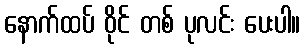
နောက်ထပ် ဝိုင် တစ် ပုလင်း ပေးပါ။